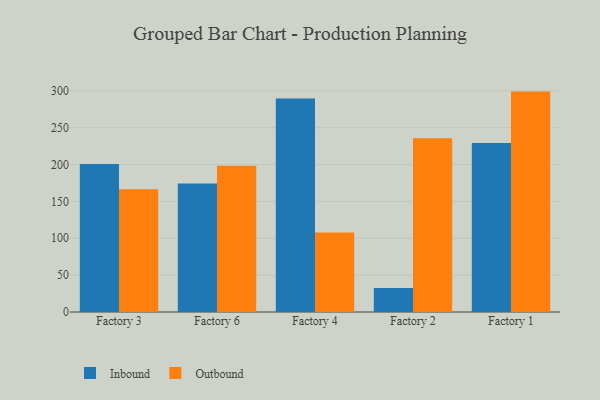
{"axis": {"x": "Factory", "y": "Conversion Rate (%)"}, "legend": ["Inbound", "Outbound"], "data": [{"x": "Factory 3", "y": 200.7, "type": "Inbound"}, {"x": "Factory 3", "y": 166.5, "type": "Outbound"}, {"x": "Factory 6", "y": 174.4, "type": "Inbound"}, {"x": "Factory 6", "y": 198.5, "type": "Outbound"}, {"x": "Factory 4", "y": 289.5, "type": "Inbound"}, {"x": "Factory 4", "y": 107.9, "type": "Outbound"}, {"x": "Factory 2", "y": 32.7, "type": "Inbound"}, {"x": "Factory 2", "y": 235.7, "type": "Outbound"}, {"x": "Factory 1", "y": 229.4, "type": "Inbound"}, {"x": "Factory 1", "y": 299.0, "type": "Outbound"}]}